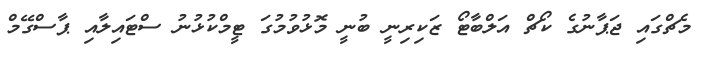
މެޗްގައި ޖަޕާނުގެ ކޯޗް އަލްބާޓޯ ޒަކިރިނީ ބުނީ މޮޅުވުމުގަ ޓީމްކުޅުނު ސްޓައިލާއި ޕާސްގޭމް